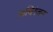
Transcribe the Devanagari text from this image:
कविरंजन